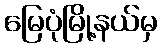
မြေပုံမြို့နယ်မှ